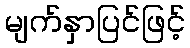
မျက်နှာပြင်ဖြင့်